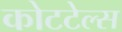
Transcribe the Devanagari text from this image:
कोटटेल्स